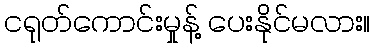
ငရုတ်ကောင်းမှုန့် ပေးနိုင်မလား။